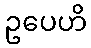
ဥပေဟိ